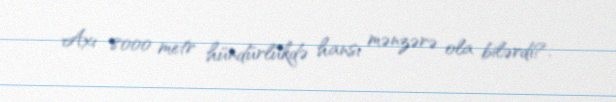
Axı 8000 metr hündürlükdə hansı mənzərə ola bilərdi?.